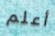
أعلم